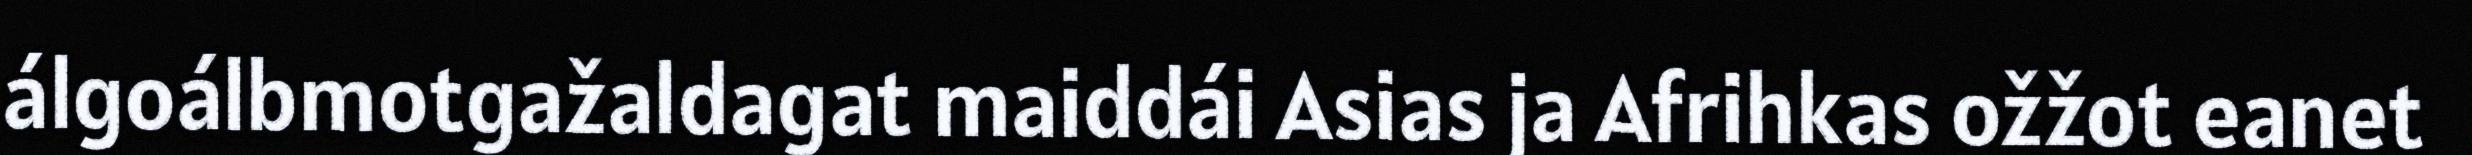
álgoálbmotgažaldagat maiddái Asias ja Afrihkas ožžot eanet